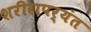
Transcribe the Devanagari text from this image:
शरीरापर्यंत